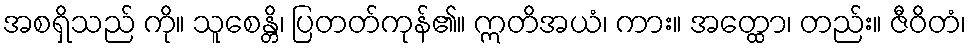
အစရှိသည် ကို။ သူစေန္တိ၊ ပြတတ်ကုန်၏။ ဣတိအယံ၊ ကား။ အတ္ထော၊ တည်း။ ဇီဝိတံ၊